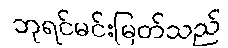
ဘုရင်မင်းမြတ်သည်